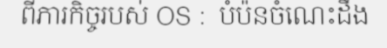
ពីភារកិច្ចរបស់ OS :  បំប៉នចំណេះដឹង